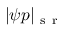
| \psi p | _ { \mathrm { ~ s ~ r ~ } }